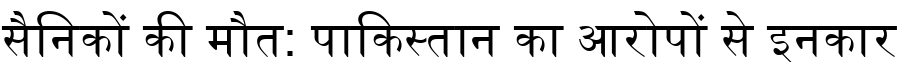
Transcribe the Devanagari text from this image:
सैनिकों की मौत: पाकिस्तान का आरोपों से इनकार